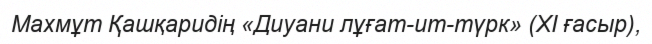
Махмұт Қашқаридің «Диуани лұғат-ит-түрк» (XI ғасыр),